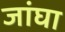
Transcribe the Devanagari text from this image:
जांघा